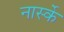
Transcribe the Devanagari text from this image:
नार्स्के